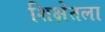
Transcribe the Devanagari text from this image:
शिक्षेतला